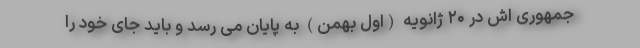
جمهوری اش در ۲۰ ژانویه (اول بهمن) به پایان می رسد و باید جای خود را